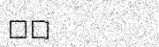
٥٢